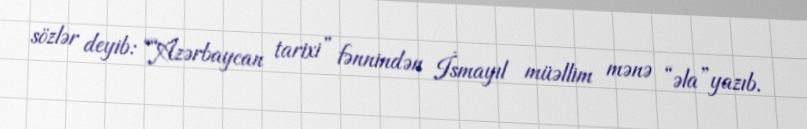
sözlər deyib: ““Azərbaycan tarixi” fənnindən İsmayıl müəllim mənə “əla”yazıb.